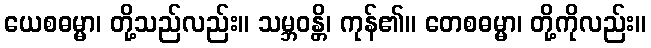
ယေစဓမ္မာ၊ တို့သည်လည်း။ သမ္ဘဝန္တိ၊ ကုန်၏။ တေစဓမ္မာ၊ တို့ကိုလည်း။